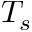
T _ { s }